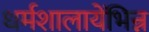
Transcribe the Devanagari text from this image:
धर्मशालायेंभिन्न